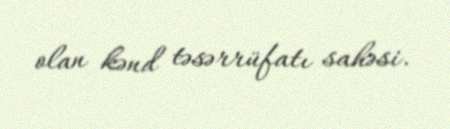
olan kənd təsərrüfatı sahəsi.